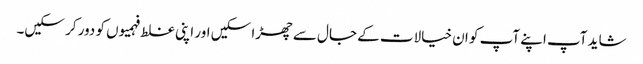
شاید آپ اپنے آپ کو ان خیالات کے جال سے چھڑا سکیں اور اپنی غلط فہمیوں کو دور کر سکیں۔